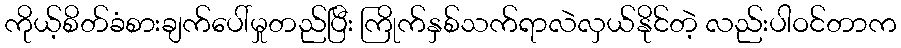
ကိုယ့်စိတ်ခံစားချက်ပေါ်မှုတည်ပြီး ကြိုက်နှစ်သက်ရာလဲလှယ်နိုင်တဲ့ လည်းပါဝင်တာက